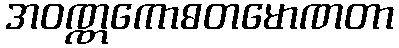
အဝဏ္ဏကောဓတမောဏတာ